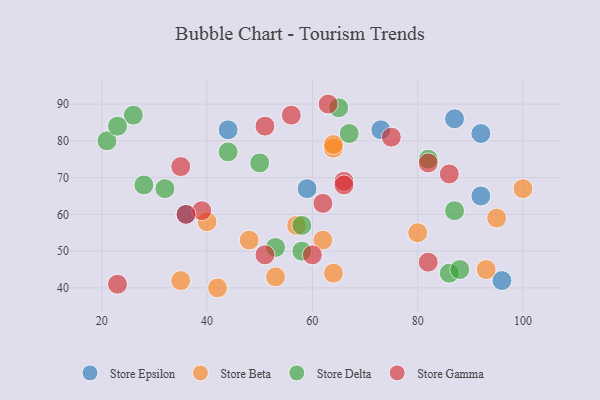
{"axis": {"x": "GDP", "y": "Life Expectancy"}, "legend": ["Store Beta", "Store Delta", "Store Epsilon", "Store Gamma"], "data": [{"x": "73", "y": 83, "type": "Store Epsilon"}, {"x": "36", "y": 60, "type": "Store Epsilon"}, {"x": "96", "y": 42, "type": "Store Epsilon"}, {"x": "92", "y": 65, "type": "Store Epsilon"}, {"x": "44", "y": 83, "type": "Store Epsilon"}, {"x": "87", "y": 86, "type": "Store Epsilon"}, {"x": "59", "y": 67, "type": "Store Epsilon"}, {"x": "92", "y": 82, "type": "Store Epsilon"}, {"x": "62", "y": 53, "type": "Store Beta"}, {"x": "93", "y": 45, "type": "Store Beta"}, {"x": "53", "y": 43, "type": "Store Beta"}, {"x": "100", "y": 67, "type": "Store Beta"}, {"x": "42", "y": 40, "type": "Store Beta"}, {"x": "57", "y": 57, "type": "Store Beta"}, {"x": "80", "y": 55, "type": "Store Beta"}, {"x": "64", "y": 78, "type": "Store Beta"}, {"x": "64", "y": 44, "type": "Store Beta"}, {"x": "35", "y": 42, "type": "Store Beta"}, {"x": "40", "y": 58, "type": "Store Beta"}, {"x": "48", "y": 53, "type": "Store Beta"}, {"x": "95", "y": 59, "type": "Store Beta"}, {"x": "64", "y": 79, "type": "Store Beta"}, {"x": "28", "y": 68, "type": "Store Delta"}, {"x": "50", "y": 74, "type": "Store Delta"}, {"x": "44", "y": 77, "type": "Store Delta"}, {"x": "86", "y": 44, "type": "Store Delta"}, {"x": "67", "y": 82, "type": "Store Delta"}, {"x": "88", "y": 45, "type": "Store Delta"}, {"x": "58", "y": 50, "type": "Store Delta"}, {"x": "32", "y": 67, "type": "Store Delta"}, {"x": "58", "y": 57, "type": "Store Delta"}, {"x": "26", "y": 87, "type": "Store Delta"}, {"x": "21", "y": 80, "type": "Store Delta"}, {"x": "65", "y": 89, "type": "Store Delta"}, {"x": "82", "y": 75, "type": "Store Delta"}, {"x": "23", "y": 84, "type": "Store Delta"}, {"x": "53", "y": 51, "type": "Store Delta"}, {"x": "87", "y": 61, "type": "Store Delta"}, {"x": "82", "y": 47, "type": "Store Gamma"}, {"x": "63", "y": 90, "type": "Store Gamma"}, {"x": "56", "y": 87, "type": "Store Gamma"}, {"x": "60", "y": 49, "type": "Store Gamma"}, {"x": "51", "y": 84, "type": "Store Gamma"}, {"x": "35", "y": 73, "type": "Store Gamma"}, {"x": "86", "y": 71, "type": "Store Gamma"}, {"x": "66", "y": 69, "type": "Store Gamma"}, {"x": "66", "y": 68, "type": "Store Gamma"}, {"x": "51", "y": 49, "type": "Store Gamma"}, {"x": "39", "y": 61, "type": "Store Gamma"}, {"x": "82", "y": 74, "type": "Store Gamma"}, {"x": "62", "y": 63, "type": "Store Gamma"}, {"x": "36", "y": 60, "type": "Store Gamma"}, {"x": "23", "y": 41, "type": "Store Gamma"}, {"x": "75", "y": 81, "type": "Store Gamma"}]}